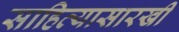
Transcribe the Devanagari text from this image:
साहित्यासारखी